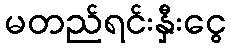
မတည်ရင်းနှီးငွေ